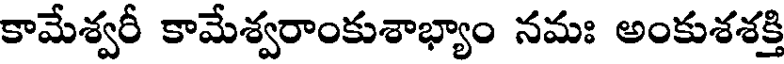
కామేశ్వరీ కామేశ్వరాంకుశాభ్యాం నమః అంకుశశక్తి